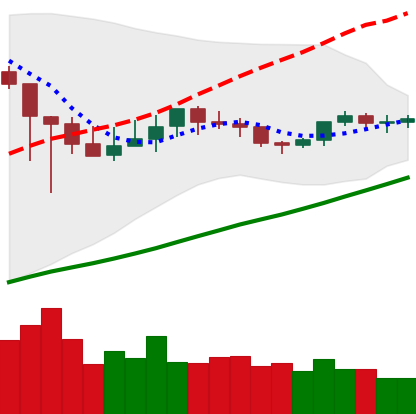
Ticker: XMR-USD
Chart end date: 2021-03-12
Forward return: 5.667%
Label: up_5_7